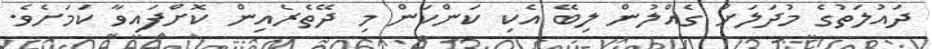
ދައުލަތުގެ މުދަލަށް ގެއްލުން ލިބޭ އެކި ކަންކަން މި ދޭތެރެއިން ކޮށްފައިވާ ކަމަށެވެ.